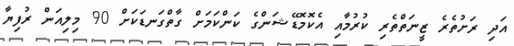
އަދި ރަށުތެރެ ޒީނަތްތެރި ކުރުމާއި އެކޮމޮޑޭޝަންގެ ކަންކަމަށް ގާތްގަނޑަކަށް 90 މިލިއަން ރުފިޔާ